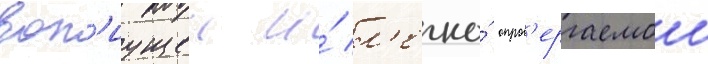
воп'иущеи и́ л'егко́ опров'ергаемои